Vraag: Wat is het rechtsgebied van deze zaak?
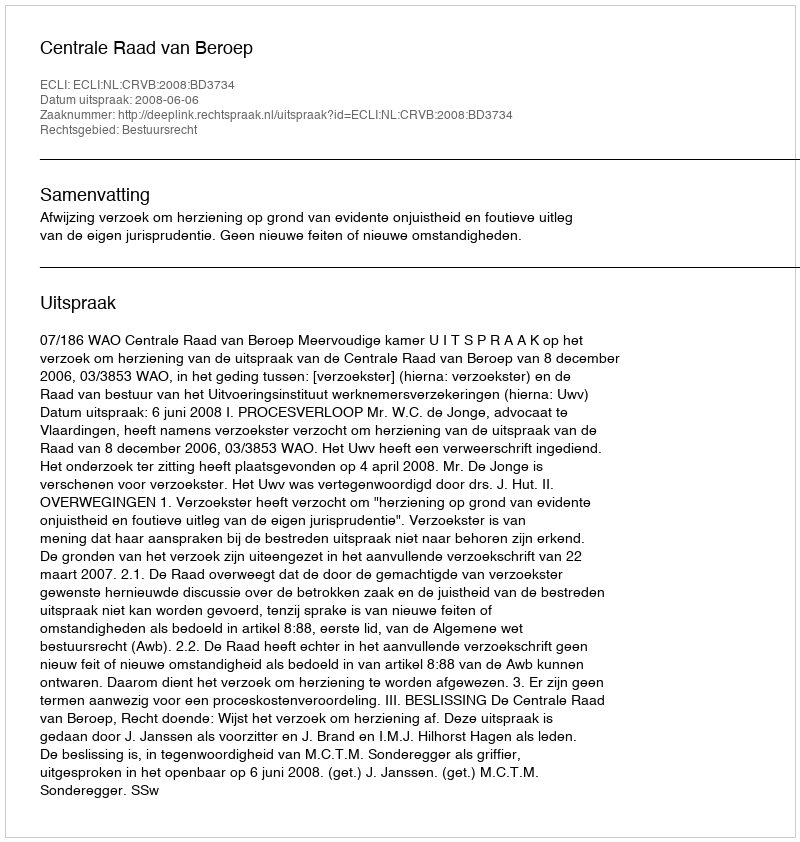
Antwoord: Bestuursrecht